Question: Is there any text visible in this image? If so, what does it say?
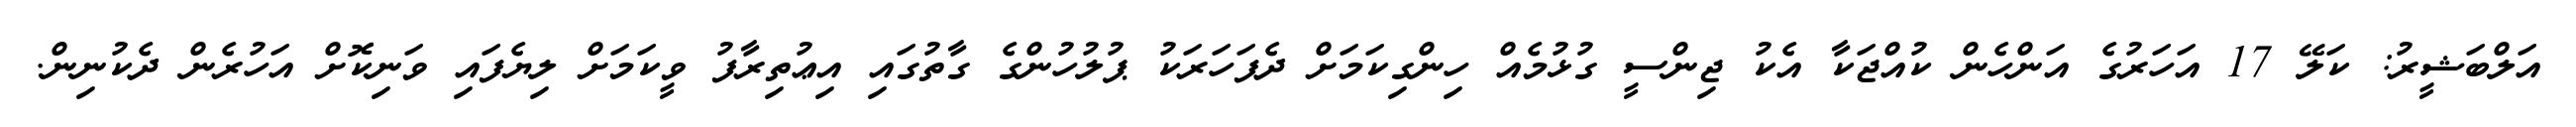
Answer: އަލްބަޝީރު: ކަލޭ 17 އަހަރުގެ އަންހެން ކުއްޖަކާ އެކު ޖިންސީ ގުޅުމެއް ހިންގިކަމަށް ދެފަހަރަކު ޕުލުހުންގެ ގާތުގައި އިޢުތިރާފު ވީކަމަށް ލިޔެފައި ވަނިކޮށް އަހުރެން ދެކުނިން.